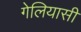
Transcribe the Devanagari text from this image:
गेलियासी